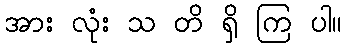
အား လုံး သ တိ ရှိ ကြ ပါ။